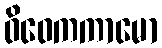
ဝိဝေကကာမော